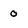
Character: O